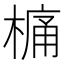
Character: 𣘋